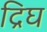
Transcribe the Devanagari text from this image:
द्रिघ